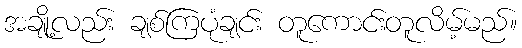
အချို့လည်း ချစ်ကြပုံချင်း တူကောင်းတူလိမ့်မည်။